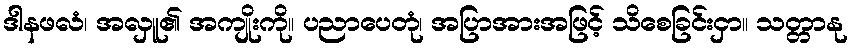
ဒါနဖလံ၊ အလှူ၏ အကျိုးကို။ ပညာပေတုံ၊ အပြာအားအဖြင့် သိစေခြင်းငှာ။ သတ္တာနု